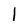
Character: I